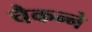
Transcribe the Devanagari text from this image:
चैकन्ने